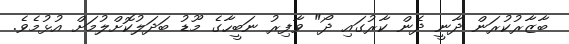
ބާޒާރުކުރަން ދާނީ ދެން ކާރުގައި ދޯ" ވާފިރު ނަބީހާގެ މޫޑު ބަދަލުކޮށްލުމަށް އުޅުމެވެ.